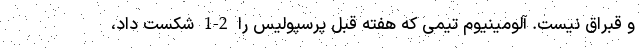
و قبراق نیست. آلومینیوم تیمی که هفته قبل پرسپولیس را 2-1 شکست داد،